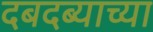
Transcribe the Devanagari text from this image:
दबदब्याच्या